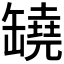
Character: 𦉗